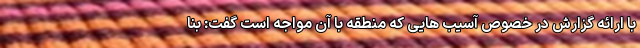
با ارائه گزارش در خصوص آسیب هایی که منطقه با آن مواجه است گفت: بنا